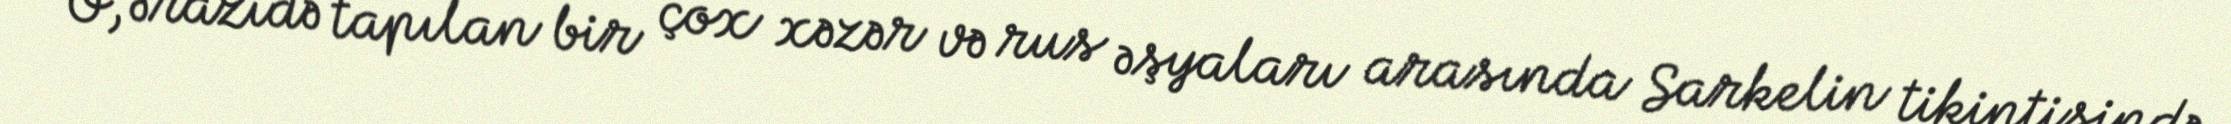
O, ərazidə tapılan bir çox xəzər və rus əşyaları arasında Sarkelin tikintisində